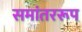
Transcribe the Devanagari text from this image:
समांतररूप